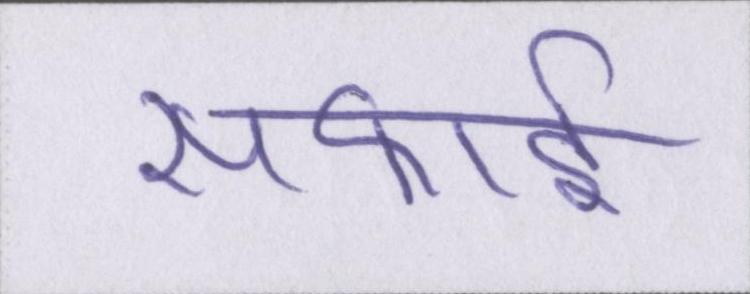
सफाई